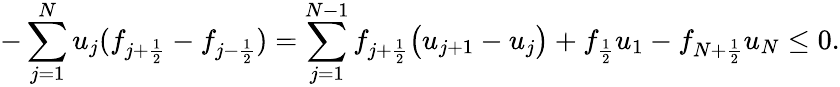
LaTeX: -\sum_{j=1}^{N}u_{j}(f_{j+\frac{1}{2}}-f_{j-\frac{1}{2}})=\sum_{j=1}^{N-1}f_{j+\frac{1}{2}}\big(u_{j+1}-u_{j}\big)+f_{\frac{1}{2}}u_{1}-f_{N+\frac{1}{2}}u_{N}\le 0.